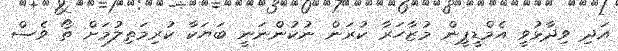
އަދި ވިދާޅުވީ އެމްޑީޕީން މުޒާހަރާ ކުރަން ނުކުންނަނީ ބަޔަކާ ކުރިމަތިލުމަށް ތޯ ވެސް